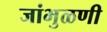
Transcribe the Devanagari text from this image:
जांभुळणी